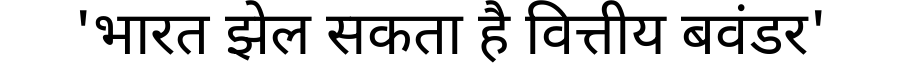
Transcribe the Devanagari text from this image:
'भारत झेल सकता है वित्तीय बवंडर'